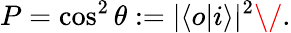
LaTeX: P=\cos^{2}\theta:=|\langle o|i\rangle|^{2}\/ .